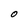
Character: O